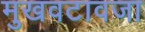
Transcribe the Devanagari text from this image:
मुखवटावजा